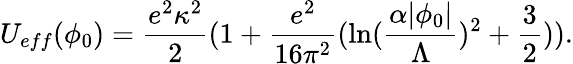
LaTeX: U_{eff}(\phi_{0})=\frac{e^{2}\kappa^{2}}{2}(1+\frac{e^{2}}{16\pi^{2}}(\ln(\frac{\alpha|\phi_{0}|}{\Lambda})^{2}+\frac{3}{2})).